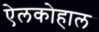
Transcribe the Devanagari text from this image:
ऐलकोहाल